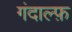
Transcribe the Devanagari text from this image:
गंदाल्फ़